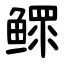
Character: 鳏